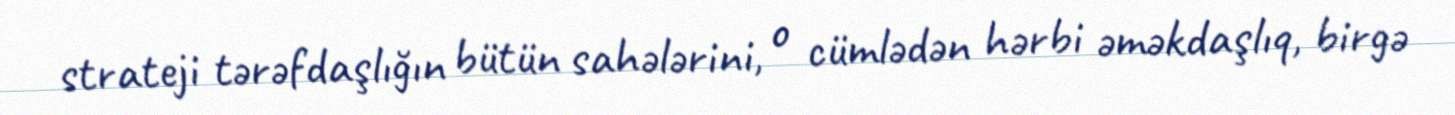
strateji tərəfdaşlığın bütün sahələrini, o cümlədən hərbi əməkdaşlıq, birgə